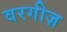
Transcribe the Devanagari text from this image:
वरगीज़